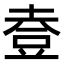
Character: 𧯣